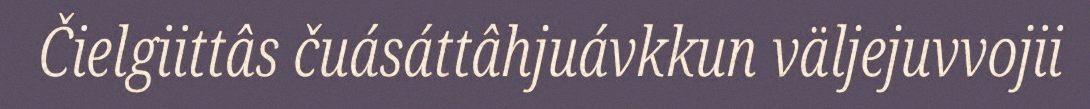
Čielgiittâs čuásáttâhjuávkkun väljejuvvojii